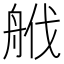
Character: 𦨷